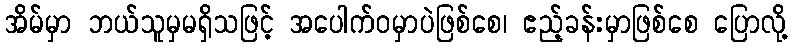
အိမ်မှာ ဘယ်သူမှမရှိသဖြင့် အပေါက်ဝမှာပဲဖြစ်စေ၊ ဧည့်ခန်းမှာဖြစ်စေ ပြောလို့